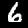
Digit: 6